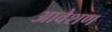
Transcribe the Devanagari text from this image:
आवेशण